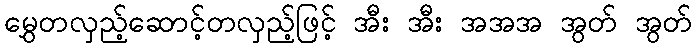
မွှေတလှည့်ဆောင့်တလှည့်ဖြင့် အီး အီး အအအ အွတ် အွတ်